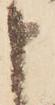
申